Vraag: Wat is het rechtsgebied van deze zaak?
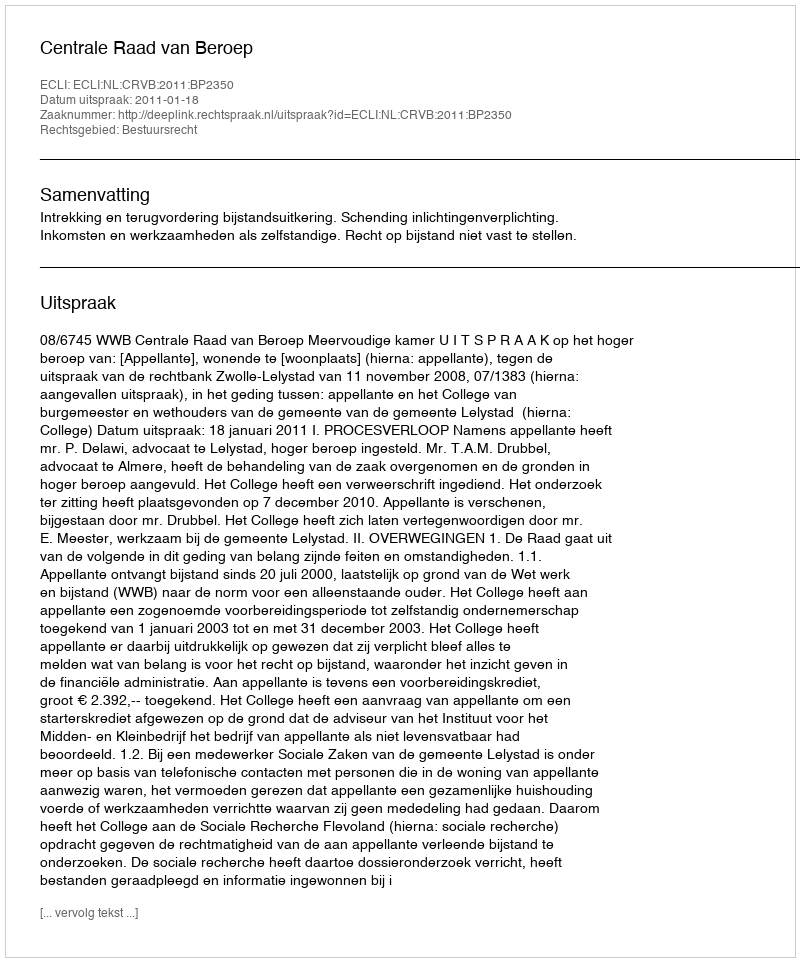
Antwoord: Bestuursrecht